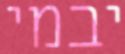
יבמי